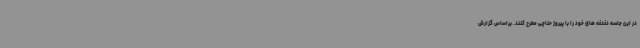
در این جلسه دغدغه های خود را با پیروز حناچی مطرح کنند. براساس گزارش